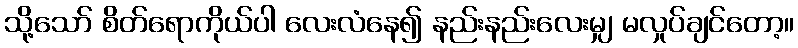
သို့သော် စိတ်ရောကိုယ်ပါ လေးလံနေ၍ နည်းနည်းလေးမျှ မလှုပ်ချင်တော့။